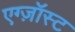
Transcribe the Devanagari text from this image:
एग्ज़ॉस्ट